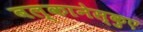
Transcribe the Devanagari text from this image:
बल्कानेस्कुए